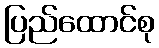
ပြည်ထောင်စု